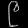
Digit: ၉